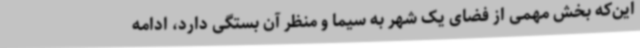
این‌که بخش مهمی از فضای یک شهر به سیما و منظر آن بستگی دارد، ادامه